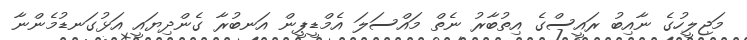
މަޖިލީހުގެ ނާއިބު ރައީސްގެ އިތުބާރު ނެތް މައްސަލަ އެމްޑީޕީން އަނބުރާ ގެންދިޔައީ އަޅުގަނޑުމެންނާ